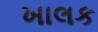
ખાલક